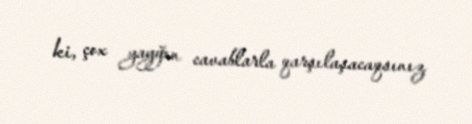
ki, çox yayğın cavablarla qarşılaşacaqsınız.